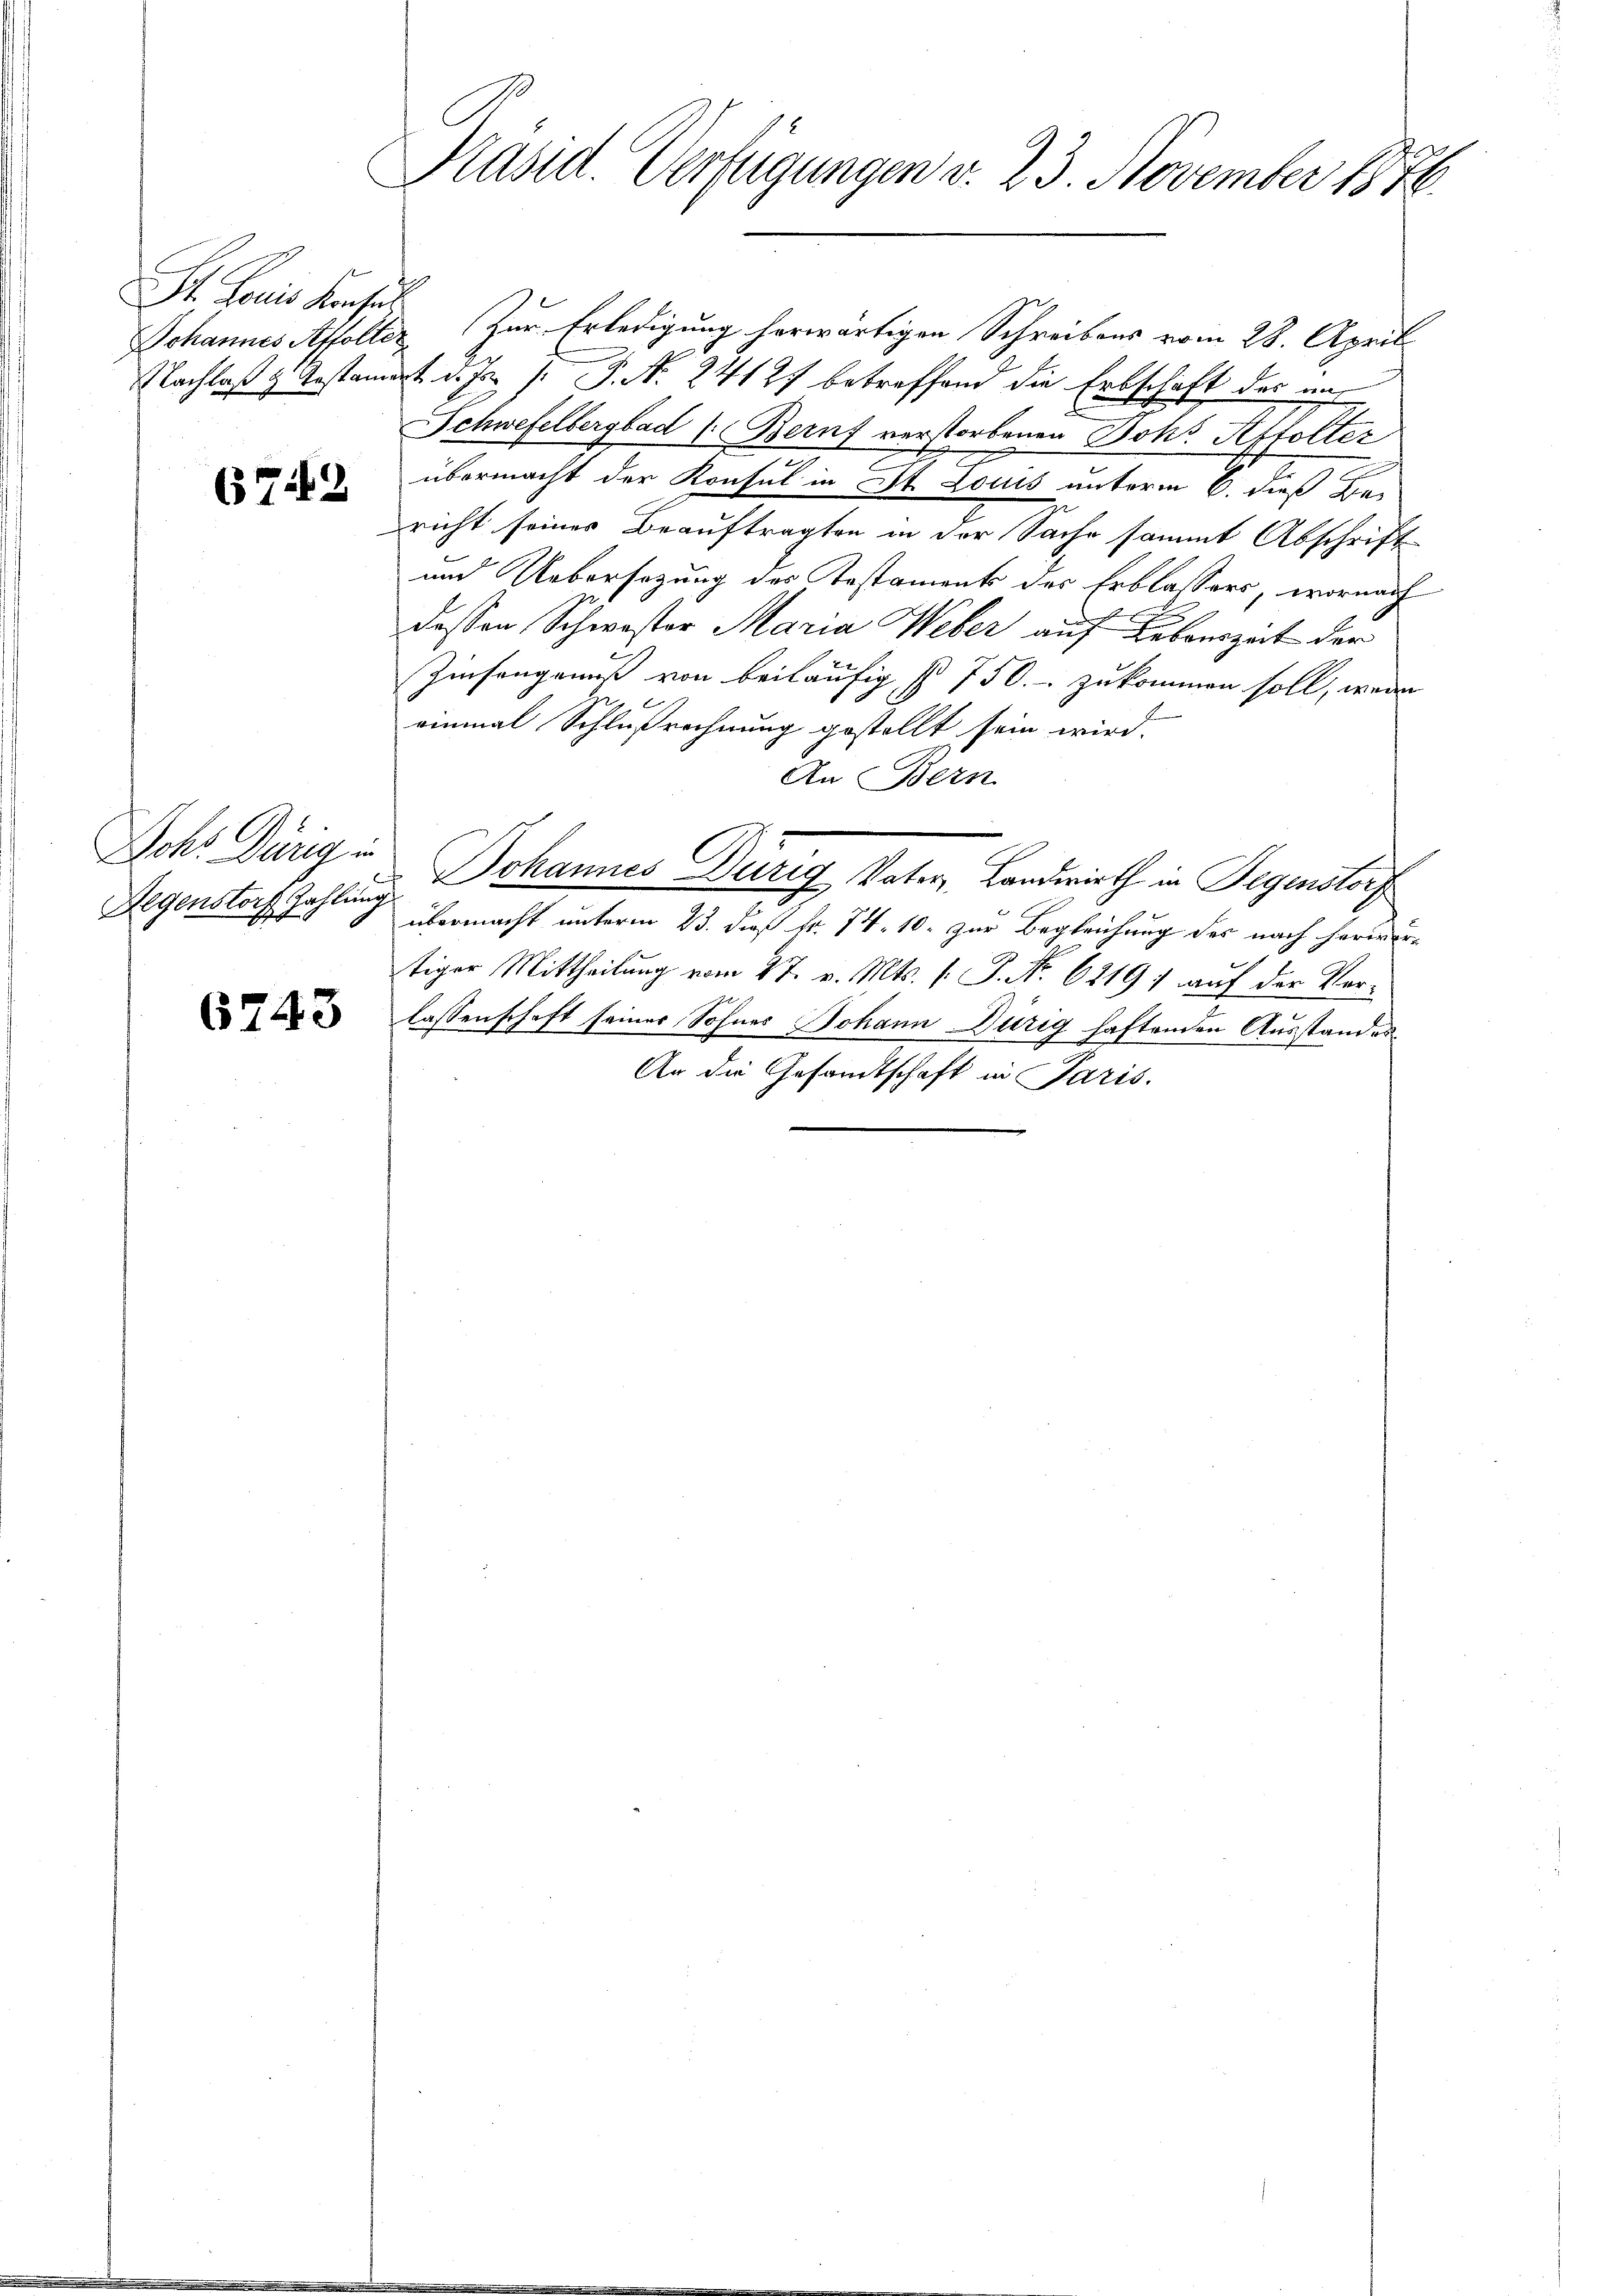
St. Louis Konses

(37162

Ichs Dörnig in
ahlung
Degenstor
I

6743

Präsid. Verfügungen v. 23. November 1876

Johannes Affolter Zur Erledigung herwärtigen Schreibens vom 28. April
Nachlaß z. Anstandert d. Js. [ P. Nr. 24127 betreffend die Erbschaft des aus¬
Schwefelbergbad 1. Beruf verstorbenen Johs. Affolter
übermacht der Konsul in St. Louis unterm 6. dieß Bericht seines Beauftragten in der Sache sammt Abschrift
und Uebersezung des Testament des Erblassers, wornach
dessen Schwester Maria Weber auf Lebenszeit der
Zinsangenuß von beiläufig § 750.- zukommen soll, wenn
einmal Schlußrechnung gestellt sein wird.
An Bern
Johannes Dürig Vater, Landwirth in Gegenstorf
übermacht unterm 23. daß fr. 74. 10. zur Begleichung des nach herwortiger Mittheilung vom 27. v. Mts. v. J. No. 6219) auf der Verlassenschaft seiner Sohnes Johann Dürig haftenden Ausstandes¬
An die Gesandtschaft in Paris.